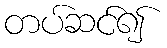
တပ်ဆင်၍